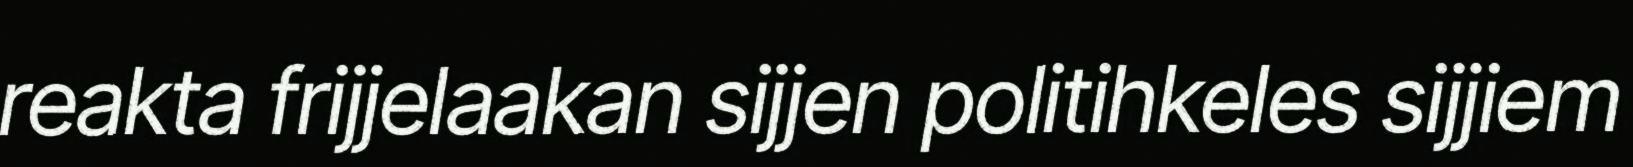
reakta frijjelaakan sijjen politihkeles sijjiem